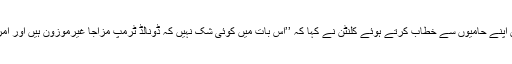
پینسلوانیا کے شہر اسکرینٹن میں ہونے والی ایک حالیہ ریلی کے دوران اپنے حامیوں سے خطاب کرتے ہوئے کلنٹن نے کہا کہ ’’اس بات میں کوئی شک نہیں کہ ڈونالڈ ٹرمپ مزاجاً غیرموزون ہیں اور امریکی صدر اور کمانڈر اِن چیف بننے کے لیے بالکل ہی نامناسب ہیں‘‘۔